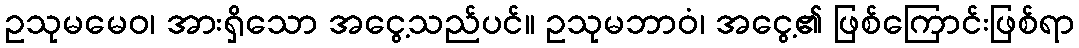
ဥသုမမေဝ၊ အားရှိသော အငွေ့သည်ပင်။ ဥသုမဘာဝံ၊ အငွေ့၏ ဖြစ်ကြောင်းဖြစ်ရာ